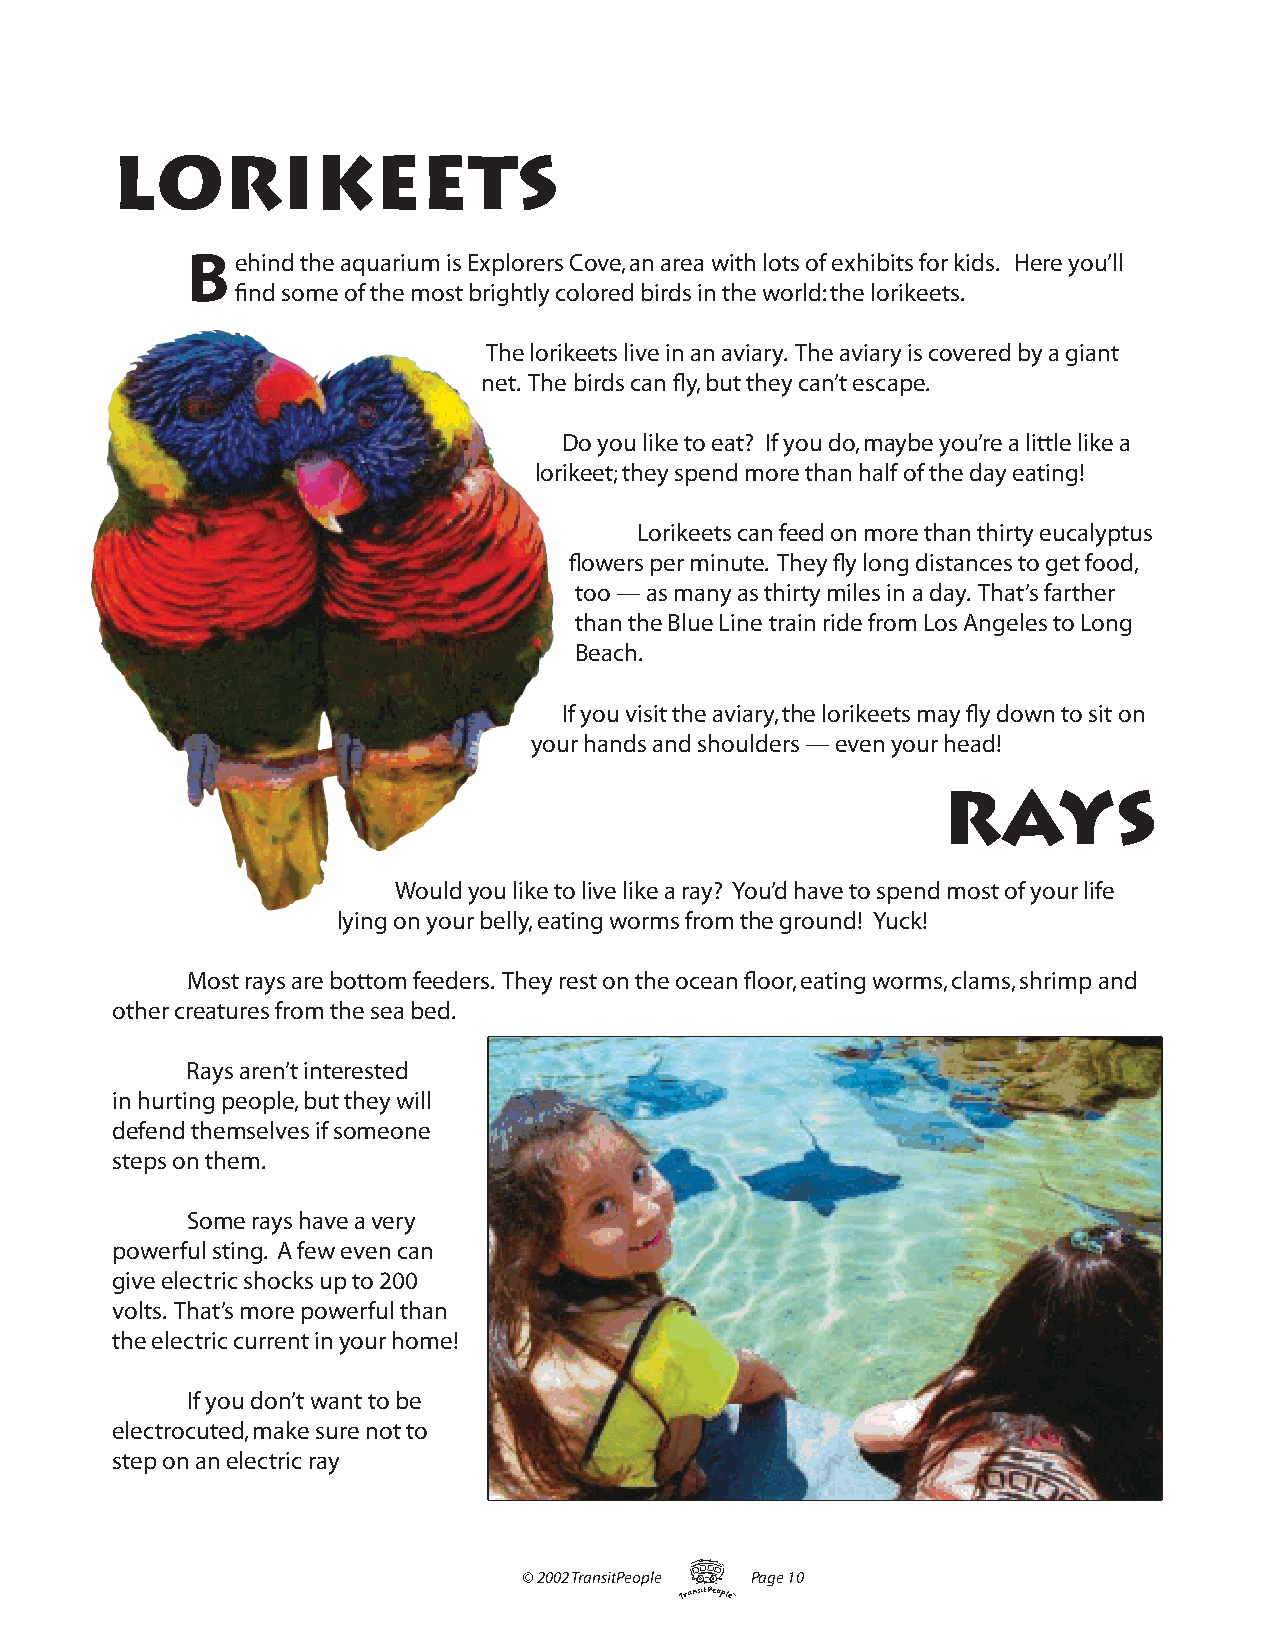
LORIKEETS
 Behind  the aquarium is Explorers Cove, an area with lots of exhibits for kids. Here you’ll
 fi nd some of the most brightly colored birds in the world: the lorikeets.
 The lorikeets live in an aviary. The aviary is covered by a giant
 net. The birds can fl y, but they can’t escape.
 Do you like to eat? If you do, maybe you’re a little like a
 lorikeet; they spend more than half of the day eating!
 Lorikeets can feed on more than thirty eucalyptus
 fl owers per minute. They fl y long distances to get food,
 too — as many as thirty miles in a day. That’s farther
 than the Blue Line train ride from Los Angeles to Long
 Beach.
 If you visit the aviary, the lorikeets may fl y down to sit on
 your hands and shoulders — even your head!
 RAYS
 Would you like to live like a ray? You’d have to spend most of your life
 lying on your belly, eating worms from the ground! Yuck!
 Most rays are bottom feeders. They rest on the ocean fl oor, eating worms, clams, shrimp and
 other creatures from the sea bed.
 Rays aren’t interested
 in hurting people, but they will
 defend themselves if someone
 steps on them.
 Some rays have a very
 powerful sting. A few even can
 give electric shocks up to 200
 volts. That’s more powerful than
 the electric current in your home!
 If you don’t want to be
 electrocuted, make sure not to
 step on an electric ray
 T
 © 2002 TransitPeople Page 10